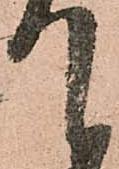
て